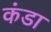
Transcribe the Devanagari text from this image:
कंडा